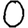
Digit: 0